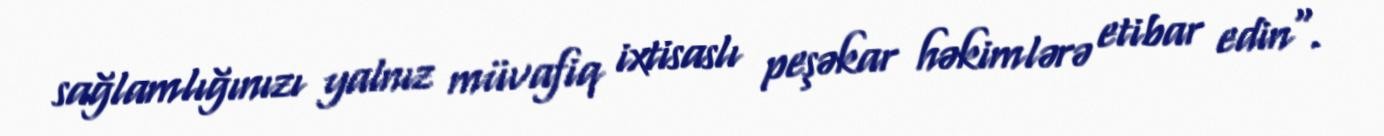
sağlamlığınızı yalnız müvafiq ixtisaslı peşəkar həkimlərə etibar edin".